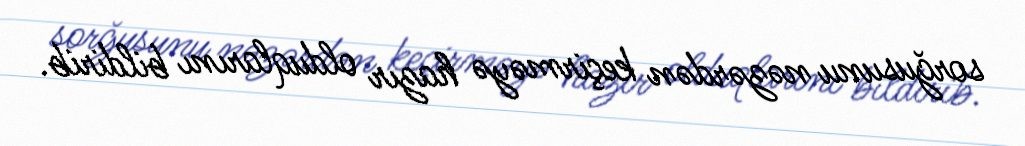
sorğusunu nəzərdən keçirməyə hazır olduqlarını bildirib.